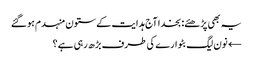
یہ بھی پڑھئے: بخدا آج ہدایت کے ستون منہدم ہوگئے
← نون لیگ بٹوارے کی طرف بڑھ رہی ہے؟